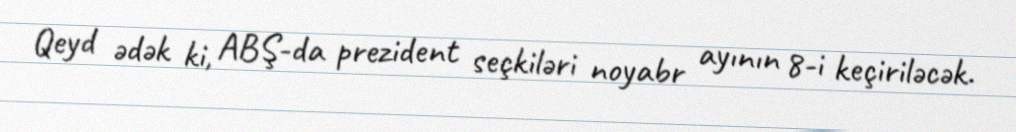
Qeyd ədək ki, ABŞ-da prezident seçkiləri noyabr ayının 8-i keçiriləcək.